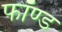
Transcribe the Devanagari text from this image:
फॉण्ड